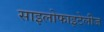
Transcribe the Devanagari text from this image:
साइलोफाइटेलीज